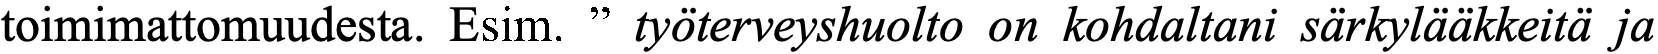
toimimattomuudesta. Esim. ” työterveyshuolto on kohdaltani särkylääkkeitä ja